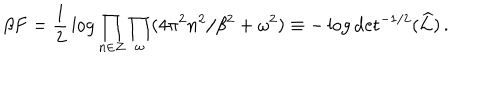
\beta F = { \frac { 1 } { 2 } } \log \prod _ { n \in Z } \prod _ { \omega } ( 4 \pi ^ { 2 } n ^ { 2 } / \beta ^ { 2 } + \omega ^ { 2 } ) \equiv - \log \mathrm { d e t } ^ { - 1 / 2 } ( \widehat { \cal L } ) \, .